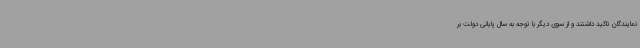
نمایندگان تاکید داشتند و از سوی دیگر با توجه به سال پایانی دولت بر